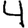
Digit: 4